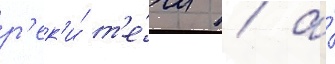
р'ек'и́ т'е́чи / а́